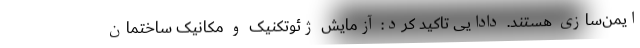
ایمن‌سازی هستند. دادایی تاکید کرد: آزمایش ژئوتکنیک و مکانیک ساختمان